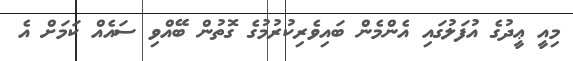
މިއީ ޢީދުގެ އުފަލުގައި އެންމެން ބައިވެރިކުރުމުގެ ގޮތުން ބޭއްވި ސައެއް ކަމަށް އެ